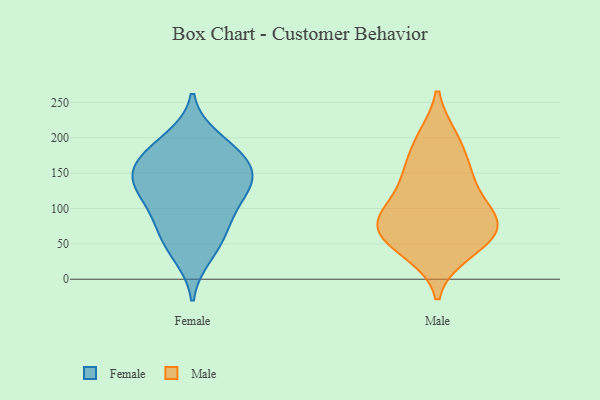
{"axis": {"x": "Gross Profit (USD K)", "y": "Value"}, "legend": ["Female", "Male"], "data": [{"x": "", "y": 161, "type": "Female"}, {"x": "", "y": 123, "type": "Female"}, {"x": "", "y": 198, "type": "Female"}, {"x": "", "y": 90, "type": "Female"}, {"x": "", "y": 56, "type": "Female"}, {"x": "", "y": 141, "type": "Female"}, {"x": "", "y": 142, "type": "Female"}, {"x": "", "y": 177, "type": "Female"}, {"x": "", "y": 180, "type": "Female"}, {"x": "", "y": 114, "type": "Female"}, {"x": "", "y": 145, "type": "Female"}, {"x": "", "y": 34, "type": "Female"}, {"x": "", "y": 72, "type": "Female"}, {"x": "", "y": 94, "type": "Male"}, {"x": "", "y": 72, "type": "Male"}, {"x": "", "y": 83, "type": "Male"}, {"x": "", "y": 95, "type": "Male"}, {"x": "", "y": 151, "type": "Male"}, {"x": "", "y": 37, "type": "Male"}, {"x": "", "y": 110, "type": "Male"}, {"x": "", "y": 199, "type": "Male"}, {"x": "", "y": 41, "type": "Male"}, {"x": "", "y": 72, "type": "Male"}, {"x": "", "y": 61, "type": "Male"}, {"x": "", "y": 65, "type": "Male"}, {"x": "", "y": 152, "type": "Male"}, {"x": "", "y": 148, "type": "Male"}, {"x": "", "y": 200, "type": "Male"}]}